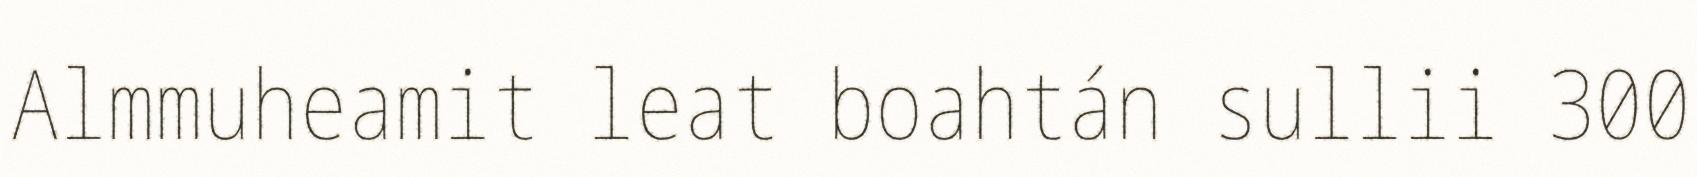
Almmuheamit leat boahtán sullii 300